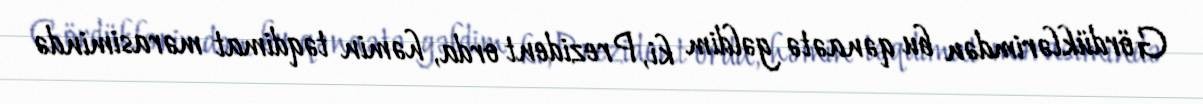
Gördüklərimdən bu qənaətə gəldim ki, Prezident orda, həmin təqdimat mərasimində